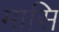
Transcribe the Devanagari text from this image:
मासि